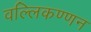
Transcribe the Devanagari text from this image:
वल्लिकण्णन